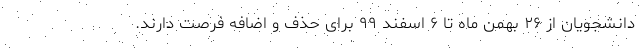
دانشجویان از ۲۶ بهمن ماه تا ۶ اسفند ۹۹ برای حذف و اضافه فرصت دارند.